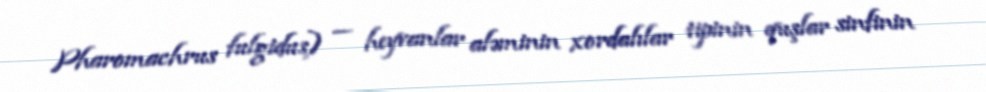
Pharomachrus fulgidus) — heyvanlar aləminin xordalılar tipinin quşlar sinfinin